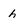
Character: h